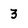
Character: 3